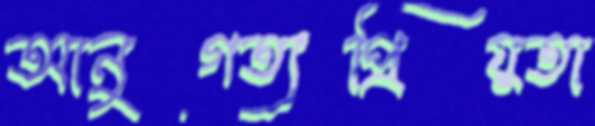
আনুগত্যপ্রিয়তা